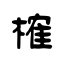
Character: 榷